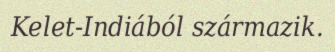
Kelet-Indiából származik.